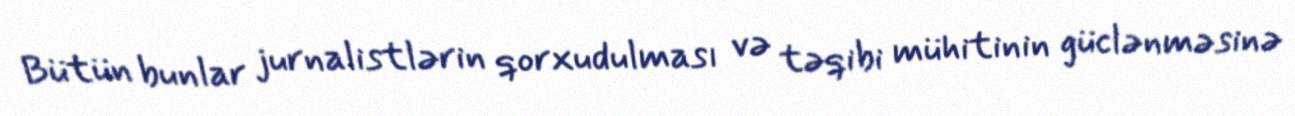
Bütün bunlar jurnalistlərin qorxudulması və təqibi mühitinin güclənməsinə